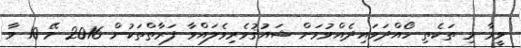
ވީމާ މި ތަކެތި ހޯއްދަވައިދެއްވުމަށް ޝައުޤުވެރިވެލައްވާ ފަރާތްތަކުން 2016 މޭ 10 ވާ